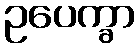
ဥပေက္ခာ